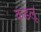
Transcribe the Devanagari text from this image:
कडलू